Scottish Certificate of Education, 1962
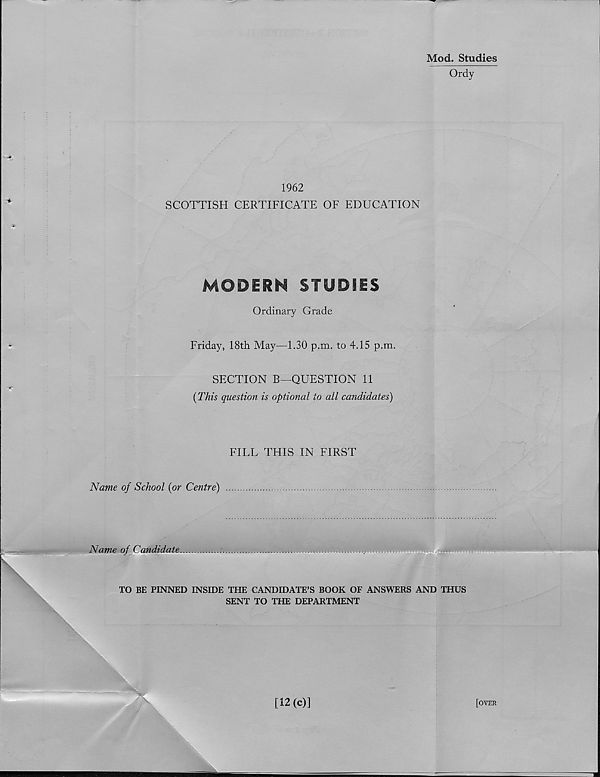
Mod. Studies
~ Ordy
1962
SCOTTISH CERTIFICATE OF EDUCATION
MODERN STUDIES
Ordinary Grade
Friday, 18th May—1.30 p.m. to 4.15 p.m.
SECTION R—QUESTION 11
(This question is optional to all candidates)
FILL THIS IN FIRST
Name of School (or Centre)
Name of Candidate
TO BE PINNED INSIDE THE CANDIDATE’S BOOK OF ANSWERS AND THUS
SENT TO THE DEPARTMENT
[12(c)]
[over